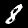
Digit: 8